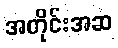
အတိုင်းအဆ